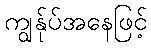
ကျွန်ုပ်အနေဖြင့်